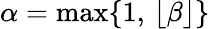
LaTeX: \alpha=\operatorname*{max}\{ 1,\, \lfloor\beta\rfloor\}